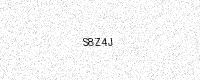
Text: S8Z4J